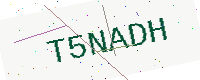
Text: T5NADH